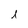
Character: i